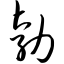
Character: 勃